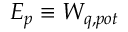
E _ { p } \equiv W _ { q , p o t }